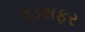
વડસફર